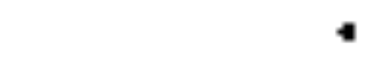
.